Papers set at the Examination for Leaving Certificates, 1893
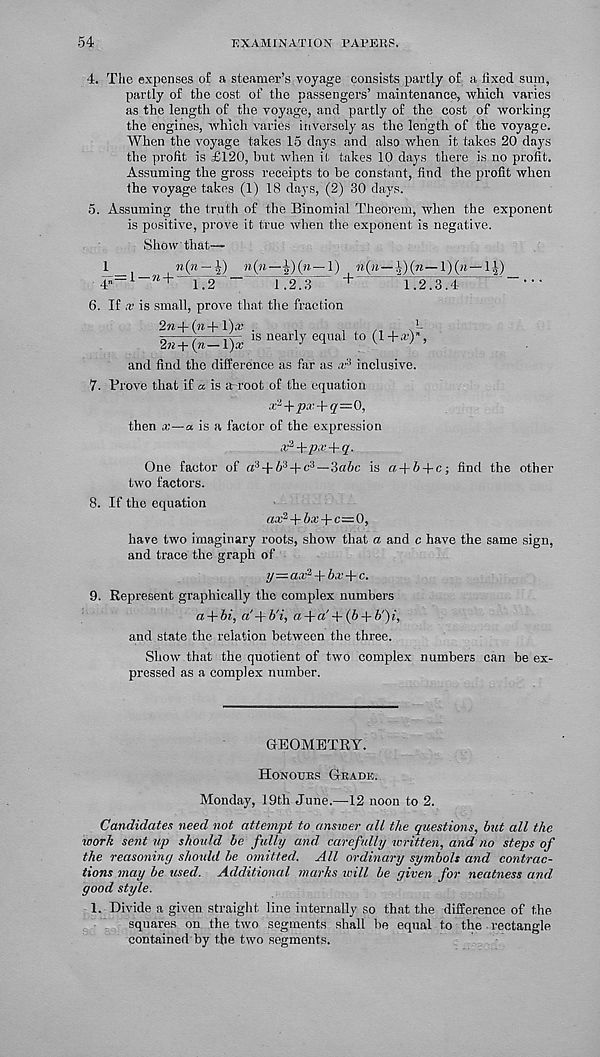
54
EXAMINATION PATERS.
4. The expenses of a steamer’s.voyage consists partly of a fixed sum,
partly of the cost of the passengers’ maintenance, which varies
as the length of the voyage, and partly of the cost of working
the engines, which varies inversely as the length of the voyage.
When the voyage takes 15 days and also when it takes 20 days
the profit is £120, but when if takes 10 days there is no profit.
Assuming the gross receipts to be constant, find the profit when
the voyage takes (1) 18 days, (2) 30 days.
5. Assuming the truth of the Binomial Theorem, when the exponent
is positive, prove it true when the exponent is negative.
Show that—
1 . _
w(”-j)_w(»-i)(w-l)
1|)_
4 „-i
li2
1.2.3
+
1.2.3.4
6. If is small, prove that the fraction
2n + (n+l)iv .
,
,
N--
2n+(n-l)x 18 llearl y e( 5 llal t0 ^ +a '>" ’
and find the difference as far as .r 3 inclusive.
7. Prove that if a is ar-root of the equation
a.' 2 +y>a: + g'=0,
then x — a is a factor of the expression
x*-b px.-\-<1.
One factor of « 3 + 5 3 + f 3 —Sufic is a + fi + c; find the other
two factors.
8. If the equation
«a; 2 + fia; + c=0,
have two imaginary roots, show that a and c have the same sign,
and trace the graph of
y—ax 2 -\-bx-\-c.
9. Represent graphically the complex numbers
a + bi, a
u + «' + (fi + fi') i,
and state the relation between the three.
Show that the quotient of two complex numbers can be ex-
pressed as a complex number.
GEOMETRY.
Honours Grade.
Monday, 19th June.—12 noon to 2.
Candidates need not attempt to answer all the questions, but all the
work sent up should be fully and carefully written, and no steps of
the reasoning should be omitted. All ordinary symbols and contrac-
tions may be used. Additional marks will be given for neatness and
good style.
1. Divide a given straight line internally so that the difference of the
squares on the two segments shall be equal to the rectangle
contained by the two segments.